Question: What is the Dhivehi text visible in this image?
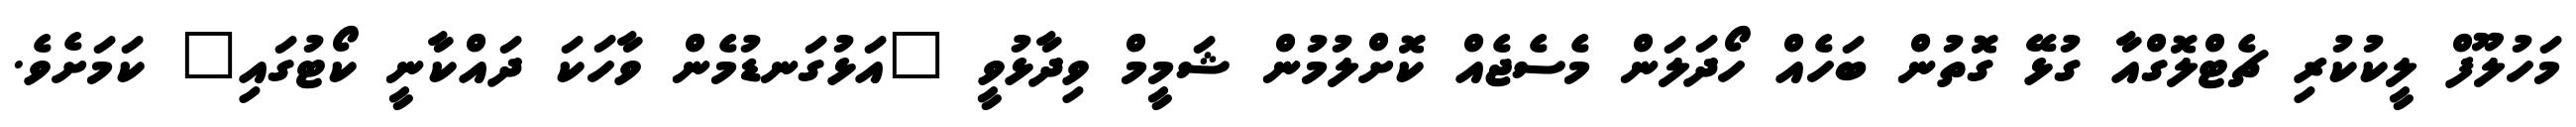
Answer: މަހުލޫފް ލީކުކުރި ޗެޓްލޮގްއާ ގުޅޭ ގޮތުން ބަހެއް ހޯދަލަން މެސެޖެއް ކޮށްލުމުން ޝަމީމް ވިދާޅުވީ "އަޅުގަނޑުމެން ވާހަކަ ދައްކާނީ ކޯޓުގައި" ކަމަށެވެ.